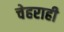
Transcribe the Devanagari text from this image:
चेहराही